Papers set at the Examination for Leaving Certificates, 1892
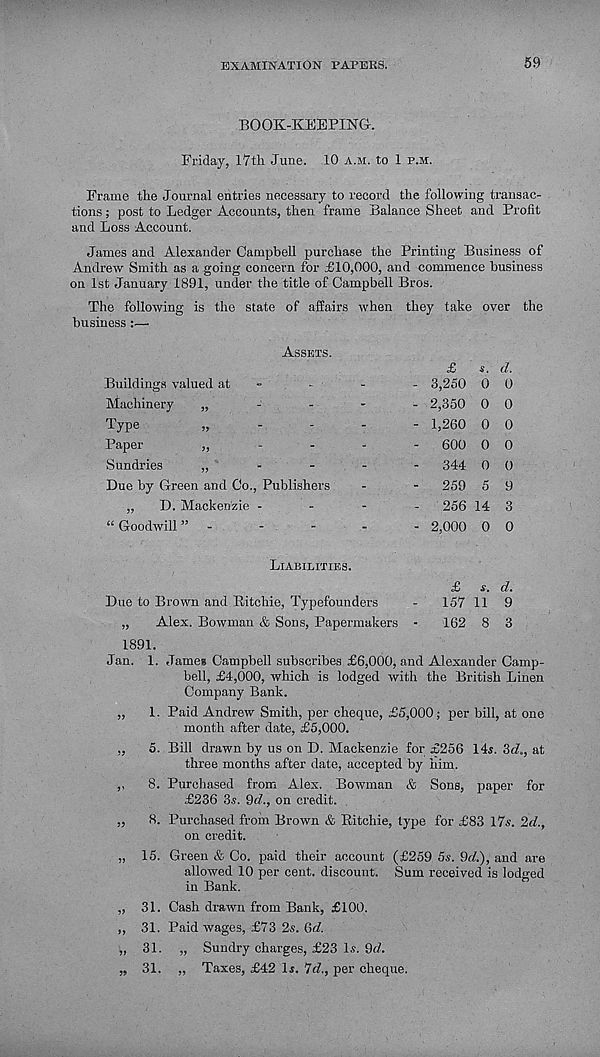
EXAMINATION PAPERS.
59
BOOK-KEEPING-.
Friday, 17th June. 10 a.m. to 1 p.m.
Frame the Journal entries necessary to record the following transac-
tions ; post to Ledger Accounts, then frame Balance Sheet and Profit
and Loss Account.
James and Alexander Campbell purchase the Printing Business of
Andrew Smith as a going concern for £10,000, and commence business
on 1st January 1891, under the title of Campbell Bros.
The following is the state of affairs when they take over the
business :—
Assets.
Buildings valued at
-
Machinery
„
-
-
Type
„
Paper
,,
Sundries
„
Due by Green and Co., Publishers
„
D. Mackenzie -
“Goodwill” -
£ s. d.
3,250 0 0
2,350 0 0
1,260 0 0
600 0 0
344 0 0
259 5 9
256 14 3
2,000 0 0
Liabilities.
£ s. d.
Due to Brown and Ritchie, Typefounders
-
157 11 9
„
Alex. Bowman & Sons, Papermakers -
162 8 3
1891.
Jan. 1. James Campbell subscribes £6,000, and Alexander Camp-
bell, £4,000, which is lodged with the British Linen
Company Bank.
„ 1. Paid Andrew Smith, per cheque, £5,000; per bill, at one
month after date, £5,000.
„ 5. Bill drawn by us on D. Mackenzie for £256 14«. Zd., at
three months after date, accepted by him.
,, 8. Purchased from Alex. Bowman & Sons, paper for
£236 3s. 9<7., on credit.
„ 8. Purchased from Brown & Ritchie, type for £83 I7.s. 2d.,
on credit.
„ 15. Green & Co. paid their account (£259 5s. 9c/.), and are
allowed 10 per cent, discount. Sum received is lodged
in Bank.
„ 31. Cash drawn from Bank, £100.
,, 31. Paid wages, £73 2s. 6c/.
„ 31. „ Sundry charges, £23 Is. 9c/.
„ 31. „ Taxes, £42 Is. 7c/., per cheque.